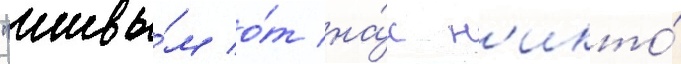
"живы́м о́т на́с н'икто́